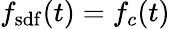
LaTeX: f_{\mathrm{sdf}}(t)=f_{c}(t)